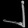
Digit: ၂